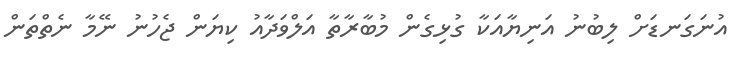
އުނަގަނޑަށް ލިބުނު އަނިޔާއަކާ ގުޅިގެން މުބާރާތާ އަލްވަދާއު ކިޔަން ޖެހުނު ނޭމާ ނެތްތަން